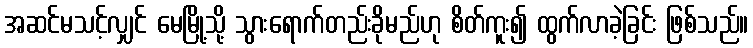
အဆင်မသင့်လျှင် မေမြို့သို့ သွားရောက်တည်းခိုမည်ဟု စိတ်ကူး၍ ထွက်လာခဲ့ခြင်း ဖြစ်သည်။